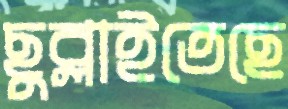
ছুব্‌লাইতেছে